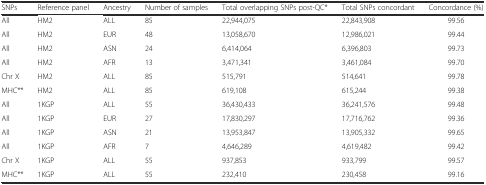
| SNPs | Reference panel | Ancestry | Number of samples | Total overlapping SNPs post-QC* | Total SNPs concordant | Concordance (%) |
 | --- | --- | --- | --- | --- | --- | --- |
 | All | HM2 | ALL | 85 | 22,944,075 | 22,843,908 | 99.56 |
 | All | HM2 | EUR | 48 | 13,058,670 | 12,986,021 | 99.44 |
 | All | HM2 | ASN | 24 | 6,414,064 | 6,396,803 | 99.73 |
 | All | HM2 | AFR | 13 | 3,471,341 | 3,461,084 | 99.70 |
 | Chr X | HM2 | ALL | 85 | 515,791 | 514,641 | 99.78 |
 | MHC** | HM2 | ALL | 85 | 619,108 | 615,244 | 99.38 |
 | All | 1KGP | ALL | 55 | 36,430,433 | 36,241,576 | 99.48 |
 | All | 1KGP | EUR | 27 | 17,830,297 | 17,716,762 | 99.36 |
 | All | 1KGP | ASN | 21 | 13,953,847 | 13,905,332 | 99.65 |
 | All | 1KGP | AFR | 7 | 4,646,289 | 4,619,482 | 99.42 |
 | Chr X | 1KGP | ALL | 55 | 937,853 | 933,799 | 99.57 |
 | MHC** | 1KGP | ALL | 55 | 232,410 | 230,458 | 99.16 |